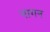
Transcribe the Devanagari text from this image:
नागन